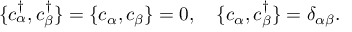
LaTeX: \{ c _ { \alpha } ^ { \dagger } , c _ { \beta } ^ { \dagger } \} = \{ c _ { \alpha } , c _ { \beta } \} = 0 , \quad \{ c _ { \alpha } , c _ { \beta } ^ { \dagger } \} = \delta _ { \alpha \beta } .